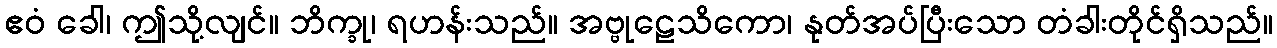
ဧဝံ ခေါ၊ ဤသို့လျင်။ ဘိက္ခု၊ ရဟန်းသည်။ အဗ္ဗုဠေသိကော၊ နုတ်အပ်ပြီးသော တံခါးတိုင်ရှိသည်။